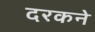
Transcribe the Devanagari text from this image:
दरकने